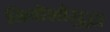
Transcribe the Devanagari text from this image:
नियोशोसुद्धा